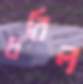
ধরিল